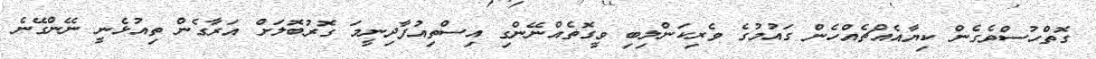
ގޮތްހުސްވެގެން ކިޔާއެއްޗެއްހެން ގައުމުގެ ވެރިކަންލިބި ވީގޮތެއްނޭންގި އިސްތިއުފާދިނީމަ ގޮރުބޮލަށް އަރާގެން ތިއުޅެނީ ނޭންގޭނެ